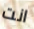
انت